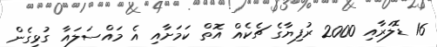
16 ޑޮލަރާއި 2000 ރުފިޔާގެ ޗެކެއް އޮތް ކަމަށާއި އެ މައްސަލައާ ގުޅިގެން